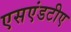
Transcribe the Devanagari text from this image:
एसएंडटीए